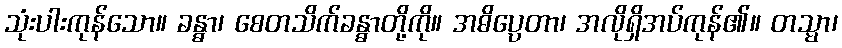
သုံးပါးကုန်သော။ ခန္ဓာ၊ စေတသိက်ခန္ဓာတို့ကို။ အဓိပ္ပေတာ၊ အလိုရှိအပ်ကုန်၏။ တသ္မာ၊